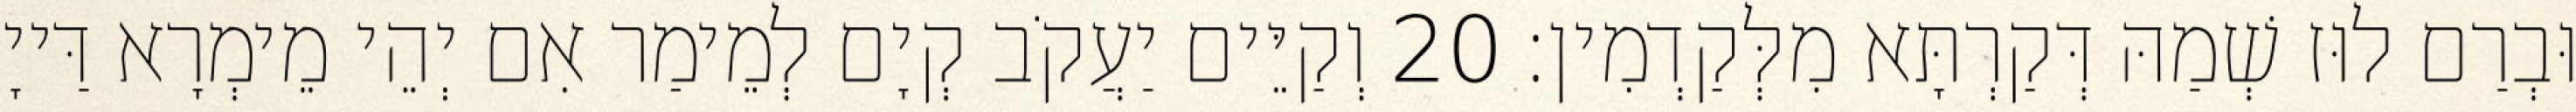
וּבְרַם לוּז שְׁמַהּ דְּקַרְתָּא מִלְּקַדְמִין׃ 20 וְקַיֵּים יַעֲקֹב קְיָם לְמֵימַר אִם יְהֵי מֵימְרָא דַּייָ